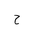
Letter: _ha